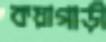
কয়াগাড়ী